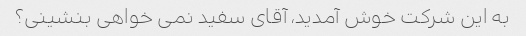
به این شرکت خوش آمدید، آقای سفید نمی خواهی بنشینی؟